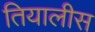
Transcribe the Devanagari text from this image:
तियालीस